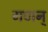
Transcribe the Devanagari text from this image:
गणन्